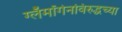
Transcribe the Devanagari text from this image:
ग्लॅमॉर्गनविरुद्धच्या